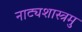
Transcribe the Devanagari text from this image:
नाट्यशास्त्रमु